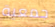
جمعية